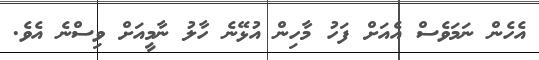
އެހެން ނަމަވެސް އެއަށް ފަހު މާހިން އުޅޭނެ ހާލު ނާމީއަށް ވިސްނެ އެވެ.